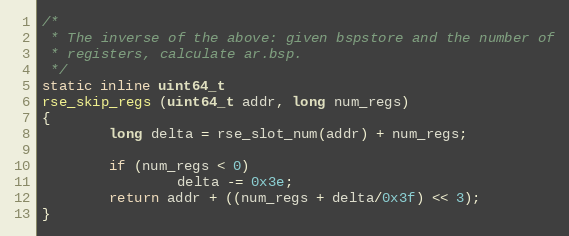
Language: C
/*
 * The inverse of the above: given bspstore and the number of
 * registers, calculate ar.bsp.
 */
static inline uint64_t
rse_skip_regs (uint64_t addr, long num_regs)
{
        long delta = rse_slot_num(addr) + num_regs;

        if (num_regs < 0)
                delta -= 0x3e;
        return addr + ((num_regs + delta/0x3f) << 3);
}